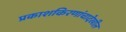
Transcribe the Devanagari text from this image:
प्रकाशकिरणांचादेखील